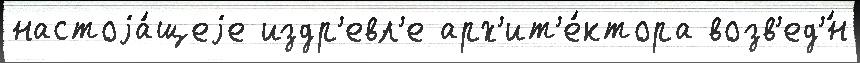
настоjа́щеjе издр'евл'е арх'ит'е́ктора возв'ед'́н